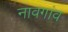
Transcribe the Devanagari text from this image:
नावगांव